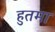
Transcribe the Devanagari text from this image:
हुतमा